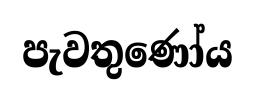
පැවතුණෝය